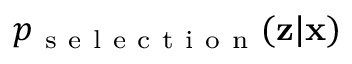
p _ { \mathrm { ~ s ~ e ~ l ~ e ~ c ~ t ~ i ~ o ~ n ~ } } ( \mathbf { z } | \mathbf { x } )